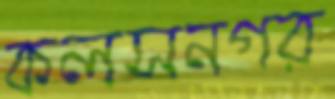
কলসনগর